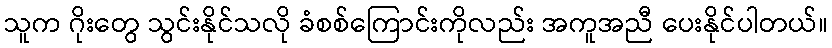
သူက ဂိုးတွေ သွင်းနိုင်သလို ခံစစ်ကြောင်းကိုလည်း အကူအညီ ပေးနိုင်ပါတယ်။